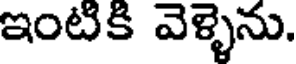
ఇంటికి వెళ్ళెను.